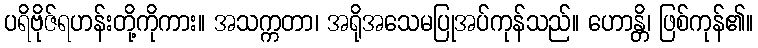
ပရိဗိုဇ်ရဟန်းတို့ကိုကား။ အသက္ကတာ၊ အရိုအသေမပြုအပ်ကုန်သည်။ ဟောန္တိ၊ ဖြစ်ကုန်၏။